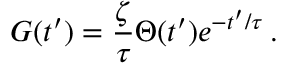
G ( t ^ { \prime } ) = \frac { \zeta } { \tau } \Theta ( t ^ { \prime } ) e ^ { - t ^ { \prime } / \tau } \, .